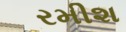
રમીશ